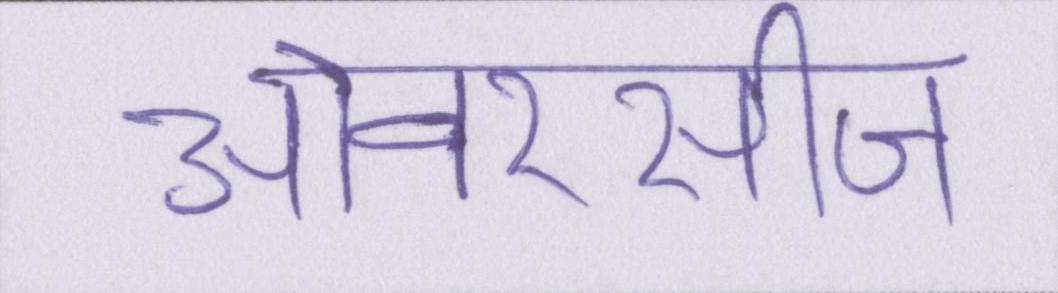
ओवरसीज